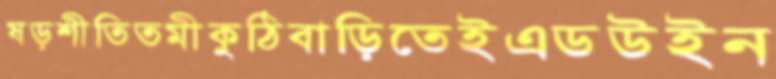
ষড়শীতিতমীকুঠিবাড়িতেইএডউইন